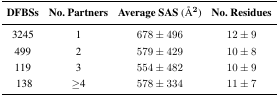
<table><thead><tr><td><b>DFBSs</b></td><td><b>No. Partners</b></td><td><b>Average SAS (Å<sup>2</sup>)</b></td><td><b>No. Residues</b></td></tr></thead><tbody><tr><td>3245</td><td>1</td><td>678 ± 496</td><td>12 ± 9</td></tr><tr><td>499</td><td>2</td><td>579 ± 429</td><td>10 ± 8</td></tr><tr><td>119</td><td>3</td><td>554 ± 482</td><td>10 ± 9</td></tr><tr><td>138</td><td>≥4</td><td>578 ± 334</td><td>11 ± 7</td></tr></tbody></table>